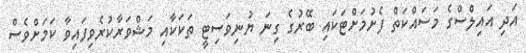
އަދި އައިލްސްގެ މަސައްކަތް ފެށުމަށްޓަކައި ބޭރުގެ ގިނަ ޔުނިވަސިޓީ ތަކަކާއި މަޝްވަރާކުރެވިފައިވާ ކަމަށްވެސް